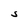
Character: S